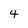
Character: 4